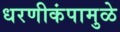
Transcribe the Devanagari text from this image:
धरणीकंपामुळे